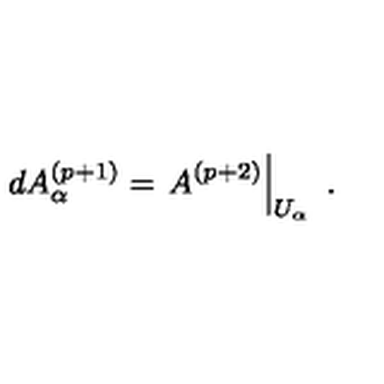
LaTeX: d A _ { \alpha } ^ { ( p + 1 ) } = \left. A ^ { ( p + 2 ) } \right| _ { U _ { \alpha } } \ .